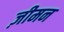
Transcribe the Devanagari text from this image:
ज़ीमन